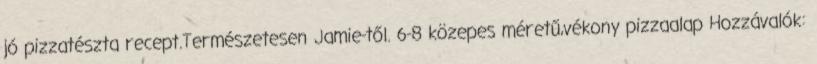
jó pizzatészta recept.Természetesen Jamie-től. 6-8 közepes méretű,vékony pizzaalap Hozzávalók: